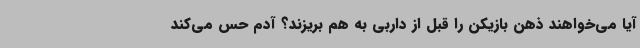
آیا می‌خواهند ذهن بازیکن را قبل از داربی به هم بریزند؟ آدم حس می‌کند